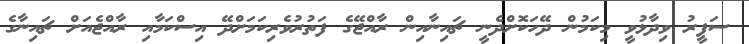
ސަފީރު ވިދާޅުވީ މިކަމުން ދޭހަކޮށްދެނީ ޗައިނާއިން ރާއްޖޭގެ ފަތުރުވެރިކަމަށްދޭ އިސްކަމާއި ރާއްޖެއަށް ޗައިނާގެ